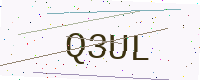
Text: Q3UL